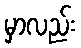
မှာလည်း